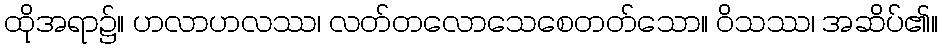
ထိုအရာ၌။ ဟလာဟလဿ၊ လတ်တလောသေစေတတ်သော။ ဝိသဿ၊ အဆိပ်၏။